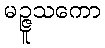
မဉ္ဇူသကော